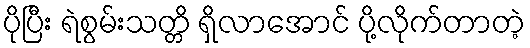
ပိုပြီး ရဲစွမ်းသတ္တိ ရှိလာအောင် ပို့လိုက်တာတဲ့